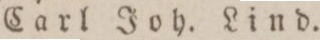
Carl Joh. Lind.